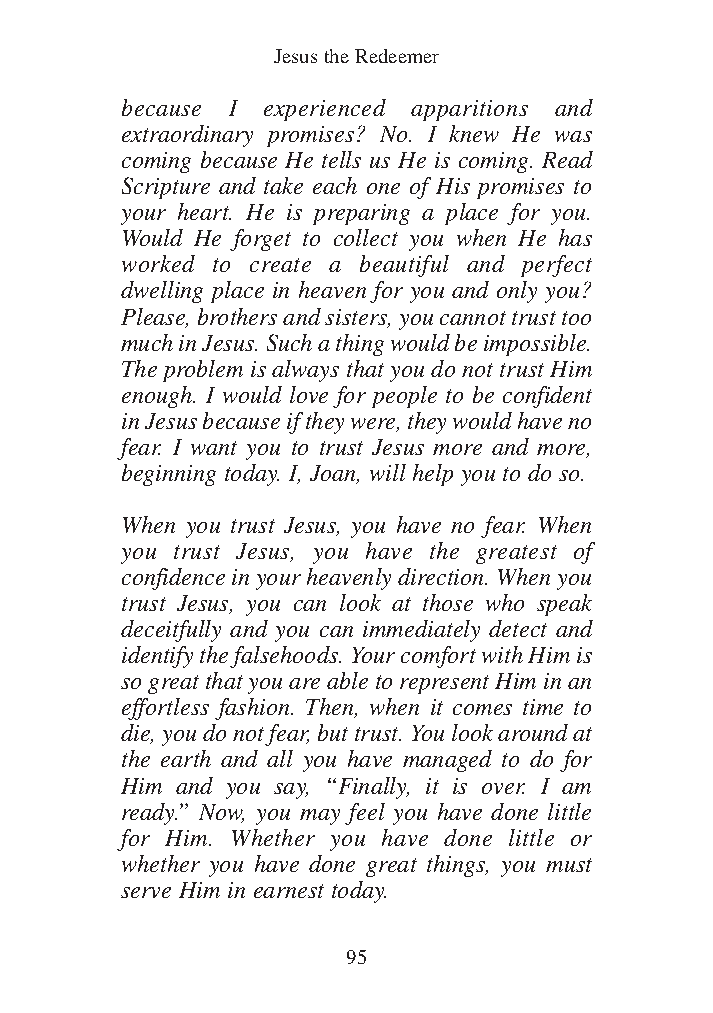
DFOT Vol 5 No App_1 12/3/13 8:54 PM Page 95
 Jesus the Redeemer
 because I experienced apparitions and
 extraordinary promises? No. I knew He was
 coming because He tells us He is coming. Read
 Scripture and take each one of His promises to
 your heart. He is preparing a place for you.
 Would He forget to collect you when He has
 worked to create a beautiful and perfect
 dwelling place in heaven for you and only you?
 Please, brothers and sisters, you cannot trust too
 much in Jesus. Such a thing would be impossible.
 The problem is always that you do not trust Him
 enough. I would love for people to be confident
 in Jesus because if they were, they would have no
 fear. I want you to trust Jesus more and more,
 beginning today. I, Joan, will help you to do so.
 When you trust Jesus, you have no fear. When
 you trust Jesus, you have the greatest of
 confidence in your heavenly direction. When you
 trust Jesus, you can look at those who speak
 deceitfully and you can immediately detect and
 identify the falsehoods. Your comfort with Him is
 so great that you are able to represent Him in an
 effortless fashion. Then, when it comes time to
 die, you do not fear, but trust. You look around at
 the earth and all you have managed to do for
 Him and you say, “Finally, it is over. I am
 ready.” Now, you may feel you have done little
 for Him. Whether you have done little or
 whether you have done great things, you must
 serve Him in earnest today.
 95